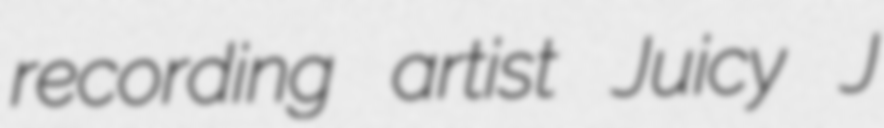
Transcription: recording artist Juicy J